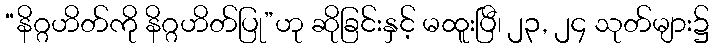
“နိဂ္ဂဟိတ်ကို နိဂ္ဂဟိတ်ပြု”ဟု ဆိုခြင်းနှင့် မထူးပြီ၊ ၂၃, ၂၄ သုတ်များ၌